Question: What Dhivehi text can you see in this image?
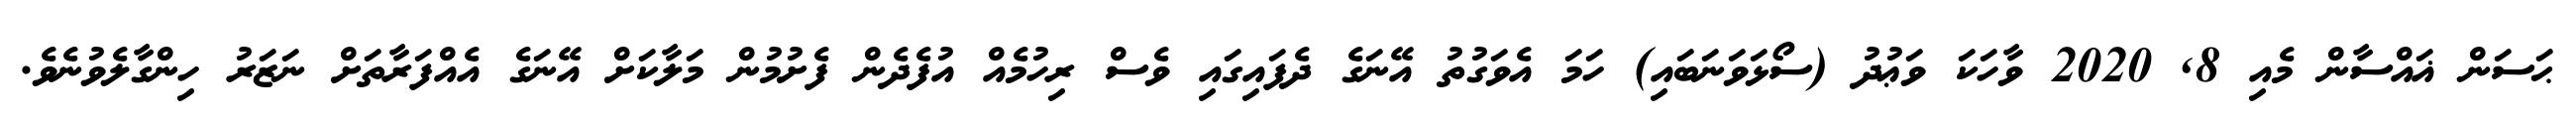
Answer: ޙަސަން ޣައްސާން މެއި 8, 2020 ވާހަކަ ވަޢުދު (ސޯޅަވަނަބައި) ހަމަ އެވަގުތު އޭނަގެ ދެފައިގައި ވެސް ރިހުމެއް އުފެދެން ފެށުމުން މަލާކަށް އޭނަގެ އެއްފަރާތަށް ނަޒަރު ހިންގާލެވުނެވެ.